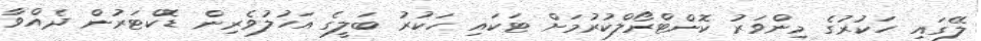
ލޭގައި ހަކުރުގެ މިންވަރު ކޮންޓްރޯލްކުރުމަށް ޓަކައި ހަކުރު ބަލީގެ އަހުލުވެރިން ޑޮކްޓަރުން ދެއްވާ